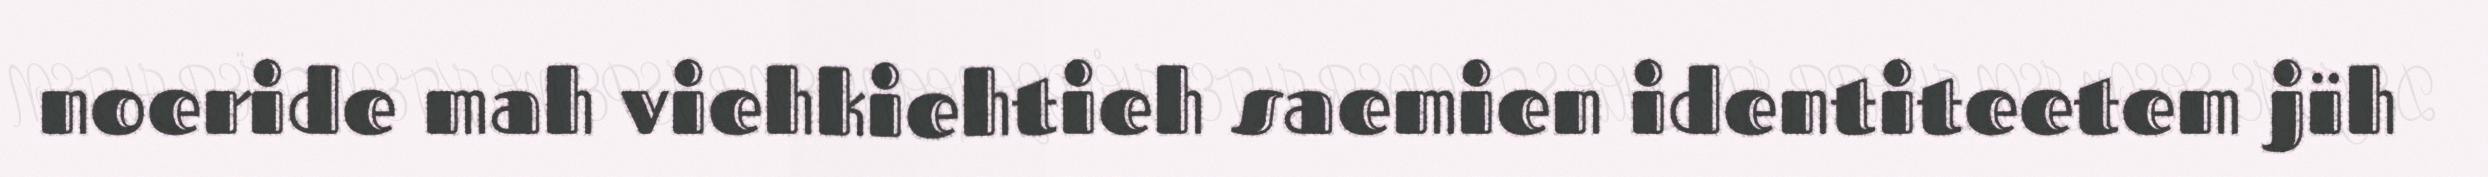
noeride mah viehkiehtieh saemien identiteetem jïh